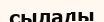
сылады